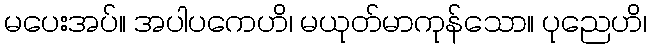
မပေးအပ်။ အပါပကေဟိ၊ မယုတ်မာကုန်သော။ ပုညေဟိ၊